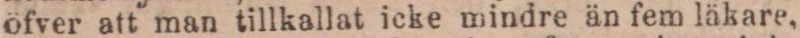
öfver att man tillkallat icke mindre än fem läkare,